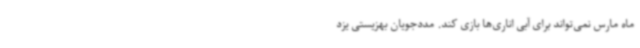
ماه مارس نمی‌تواند برای آبی اناری‌ها بازی کند. مددجویان بهزیستی یزد